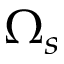
\Omega _ { s }